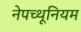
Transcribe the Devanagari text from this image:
नेपच्थूनियम